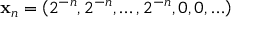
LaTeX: \mathbf { x } _ { n } = \left( 2 ^ { - n } , 2 ^ { - n } , \ldots , 2 ^ { - n } , 0 , 0 , \ldots \right)